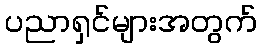
ပညာရှင်များအတွက်